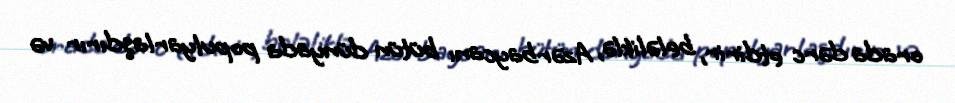
orada dərc etdirir, beləliklə, Azərbaycanı bütün dünyada populyarlaşdırır və